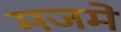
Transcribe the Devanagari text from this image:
मजमे